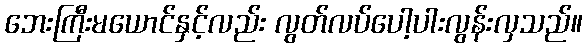
ဘေးကြီးမယောင်နှင့်လည်း လွတ်လပ်ပေါ့ပါးလွန်းလှသည်။